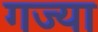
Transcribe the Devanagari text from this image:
गज्या